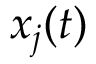
x _ { j } ( t )